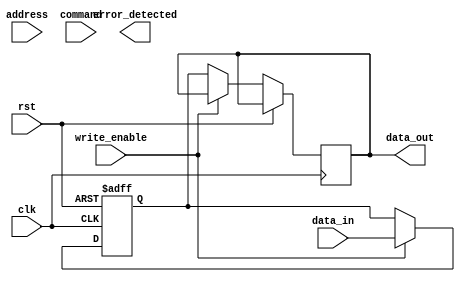
module ddr_sram_controller (
    input wire clk,
    input wire rst,
    input wire [7:0] data_in,
    output reg [7:0] data_out,
    input wire address,
    input wire command,
    input wire write_enable,
    output wire error_detected
);

// Sequential logic blocks for managing data transfers
reg [7:0] data_buffer;
reg [7:0] error_corrected_data;

always @(posedge clk or posedge rst) begin
    if (rst) begin
        data_buffer <= 8'h00;
    end else begin
        if (write_enable) begin
            data_buffer <= data_in;
        end else begin
            data_out <= data_buffer;
        end
    end
end

// Error correction mechanism
reg error_flag;

always @(posedge clk or posedge rst) begin
    if (rst) begin
        error_flag <= 1'b0;
        error_corrected_data <= 8'h00;
    end else begin
        // Error correction logic here
    end
end

// Components for address decoding, command processing, and data multiplexing
reg [7:0] memory_address;

always @(posedge clk or posedge rst) begin
    if (rst) begin
        memory_address <= 8'h00;
    end else begin
        if (address) begin
            memory_address <= data_buffer;
        end
    end
end

reg [1:0] command_type;

always @(posedge clk or posedge rst) begin
    if (rst) begin
        command_type <= 2'b00;
    end else begin
        if (command) begin
            command_type <= data_buffer[1:0];
        end
    end
end

// Additional logic for managing data access within memory module
reg data_mux_output;

always @(posedge clk or posedge rst) begin
    if (rst) begin
        data_mux_output <= 1'b0;
    end else begin
        if (command_type == 2'b00) begin
            data_mux_output <= data_out;
        end else begin
            data_mux_output <= error_corrected_data;
        end
    end
end

endmodule